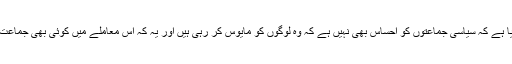
رپورٹ میں کہا گیا ہے کہ سیاسی جماعتوں کو احساس بھی نہیں ہے کہ وہ لوگوں کو مایوس کر رہی ہیں اور یہ کہ اس معاملے میں کوئی بھی جماعت معصوم نہیں ہے۔